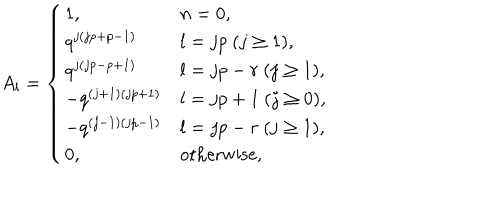
A _ { l } = \left\{ \begin{array} { l l } { { 1 , } } & { { n = 0 , } } \\ { { q ^ { j ( j p + p - 1 ) } } } & { { l = j p ~ ( j \geq 1 ) , } } \\ { { q ^ { j ( j p - p + 1 ) } } } & { { l = j p - r ~ ( j \geq 1 ) , } } \\ { { - q ^ { ( j + 1 ) ( j p + 1 ) } } } & { { l = j p + 1 ~ ( j \geq 0 ) , } } \\ { { - q ^ { ( j - 1 ) ( j p - 1 ) } } } & { { l = j p - r ~ ( j \geq 1 ) , } } \\ { { 0 , } } & { { \mathrm { o t h e r w i s e } , } } \\ \end{array} \right.